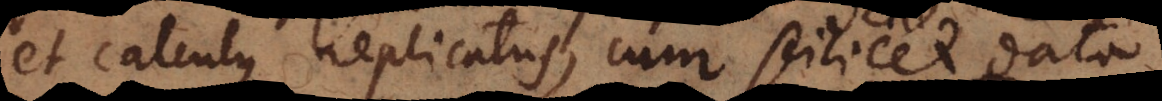
et calculus replicatus, cum scilicet data